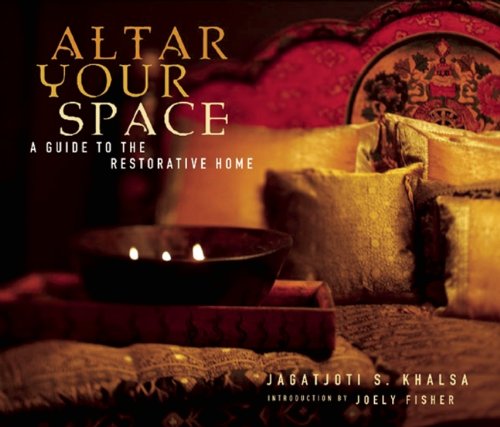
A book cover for Altar Your Space: A Guide to the Restorative Home; Jagatjoti Singh Khalsa; Arts & Photography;